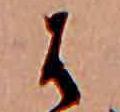
は